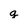
Character: q